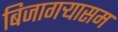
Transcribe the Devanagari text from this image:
बिजागऱ्यासम